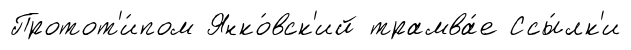
Протот'и́пом Янко́вск'ий трамва́е Ссы́лк'и